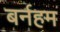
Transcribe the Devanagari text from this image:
बर्नहम